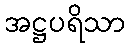
အဋ္ဌပရိသာ